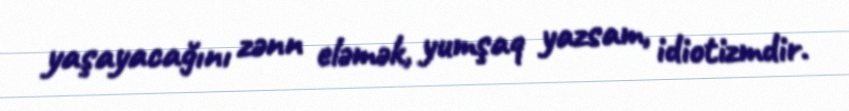
yaşayacağını zənn eləmək, yumşaq yazsam, idiotizmdir.